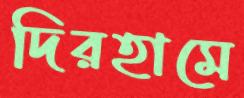
দিরহামে